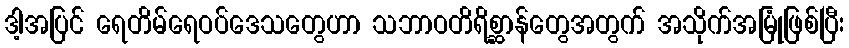
ဒါ့အပြင် ရေတိမ်ရေဝပ်ဒေသတွေဟာ သဘာဝတိရိစ္ဆာန်တွေအတွက် အသိုက်အမြုံဖြစ်ပြီး